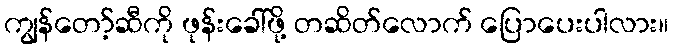
ကျွန်တော့်ဆီကို ဖုန်းခေါ်ဖို့ တဆိတ်လောက် ပြောပေးပါလား။